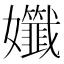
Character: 𡤪